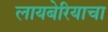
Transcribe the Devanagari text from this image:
लायबेरियाचा